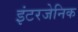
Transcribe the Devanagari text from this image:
इंटरजेनिक